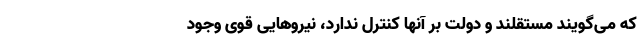
که می‌گویند مستقلند و دولت بر آنها کنترل ندارد، نیروهایی قوی وجود